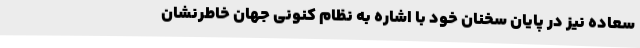
سعاده نیز در پایان سخنان خود با اشاره به نظام کنونی جهان خاطرنشان